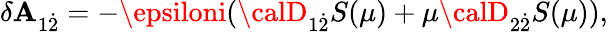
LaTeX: \delta\mathbf{A}_{1{\dot{{2}}}}=-\epsiloni({\calD}_{1{\dot{{2}}}}S(\mu)+\mu{\calD}_{2{\dot{{2}}}}S(\mu)),